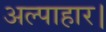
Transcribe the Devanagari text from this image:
अल्पाहार।